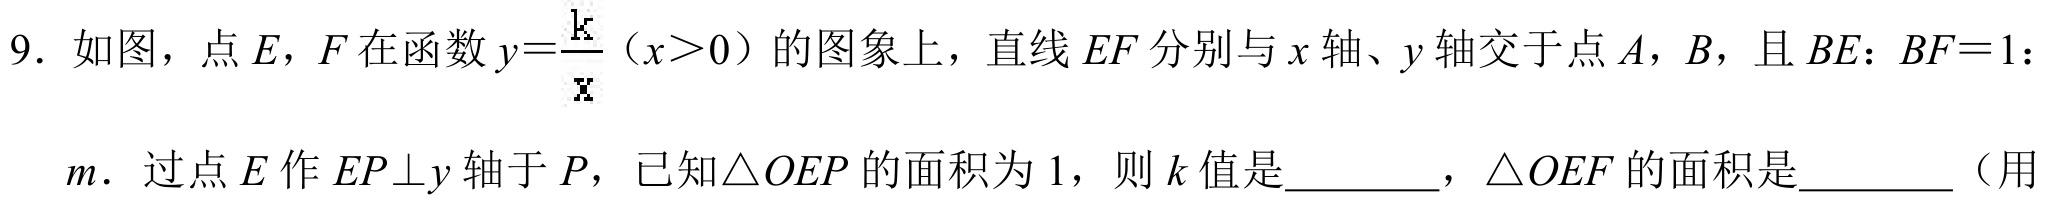
9. 如图，点\(E\)，\(F\)在函数\(y = \frac{k}{x}(x>0)\)的图象上，直线\(EF\)分别与\(x\)轴、\(y\)轴交于点\(A\)，\(B\)，且\(BE:BF = 1:\)
\(m\)．过点\(E\)作\(EP\perp y\)轴于\(P\)，已知\(\triangle OEP\)的面积为\(1\)，则\(k\)值是________，\(\triangle OEF\)的面积是________（用